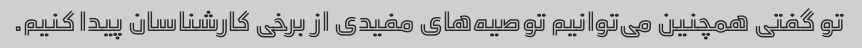
تو گفتی همچنین می‌توانیم توصیه‌های مفیدی از برخی کارشناسان پیدا کنیم.